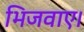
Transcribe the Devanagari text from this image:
भिजवाए।